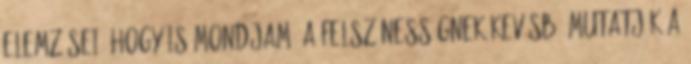
elemzései, hogy is mondjam, a felszínességnek kevésbé mutatják a